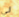
لي